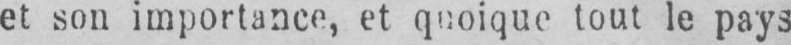
et son importance, et quoique tout le pays